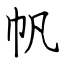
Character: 帆